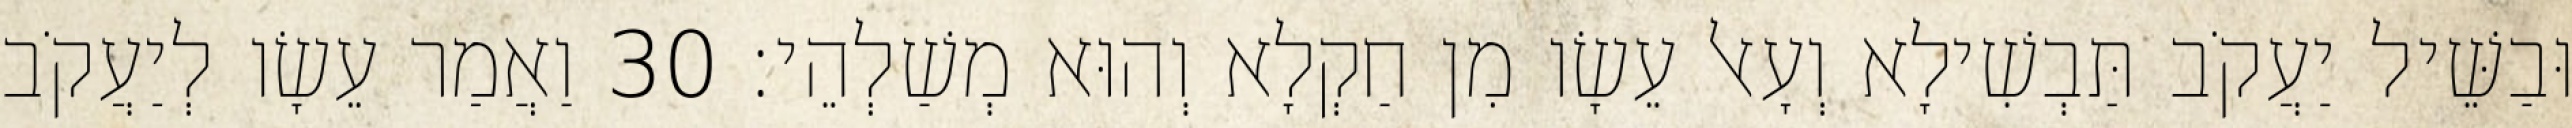
וּבַשֵּׁיל יַעֲקֹב תַּבְשִׁילָא וְעָאל עֵשָׂו מִן חַקְלָא וְהוּא מְשַׁלְהֵי׃ 30 וַאֲמַר עֵשָׂו לְיַעֲקֹב